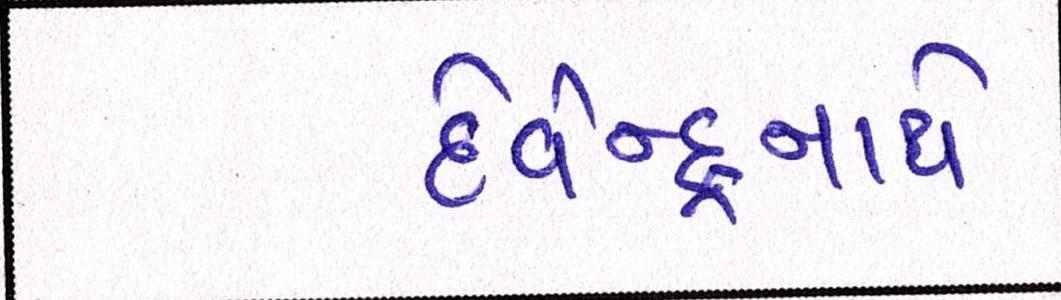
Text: દેવેન્દ્રનાથે